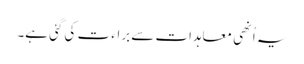
یہ اُنھی معاہدات سے براء ت کی گئی ہے۔